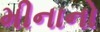
મીનાનો